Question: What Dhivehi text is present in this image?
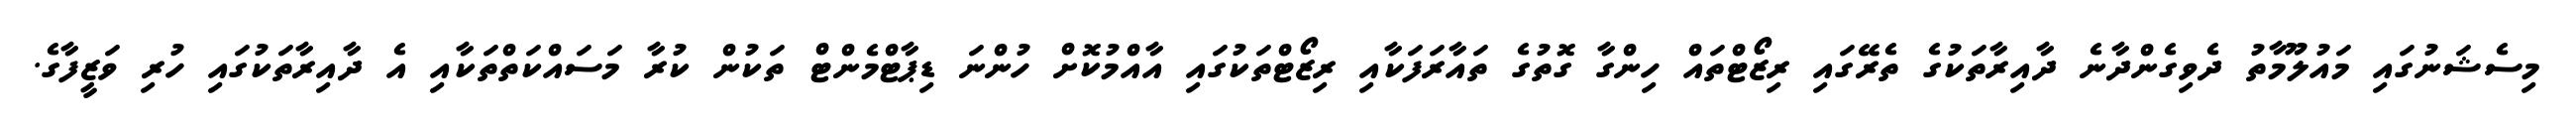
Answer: މިސެޝަނުގައި މައުލޫމާތު ދެވިގެންދާނެ ދާއިރާތަކުގެ ތެރޭގައި ރިޒޯޓްތައް ހިންގާ ގޮތުގެ ތައާރަފަކާއި ރިޒޯޓްތަކުގައި އާއްމުކޮށް ހުންނަ ޑިޕާޓްމެންޓް ތަކުން ކުރާ މަސައްކަތްތަކާއި އެ ދާއިރާތަކުގައި ހުރި ވަޒީފާގެ.